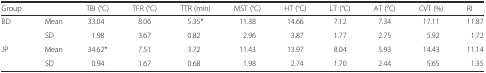
| Group |  | TBI (°C) | TFR (°C) | TTR (min) | MST (°C) | HT (°C) | LT (°C) | AT (°C) | CVT (%) | RI |
 | --- | --- | --- | --- | --- | --- | --- | --- | --- | --- | --- |
 | BD | Mean | 33.04 | 8.06 | 5.35* | 11.38 | 14.66 | 7.12 | 7.34 | 17.11 | 11.87 |
 |  | SD | 1.98 | 3.67 | 0.82 | 2.96 | 3.87 | 1.77 | 2.75 | 5.92 | 1.72 |
 | JP | Mean | 34.62* | 7.51 | 3.72 | 11.43 | 13.97 | 8.04 | 5.93 | 14.43 | 11.14 |
 |  | SD | 0.94 | 1.67 | 0.68 | 1.98 | 2.74 | 1.70 | 2.44 | 5.65 | 1.35 |